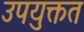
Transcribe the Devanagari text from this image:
उपयुक्तत